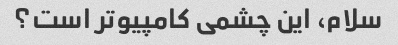
سلام، این چشمی کامپیوتر است؟